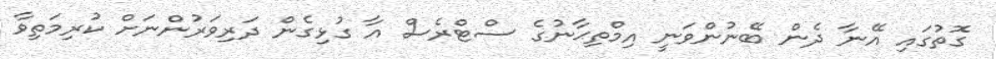
ގޮތުގައި އޭނާ ދެން ބޭނުންވަނީ އިމްތިޙާނުގެ ސްޓްރެސް އާ ގުޅިގެން ދަރިވަރުންނަށް ކުރިމަތިވާ